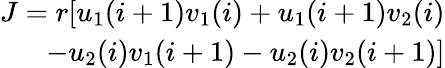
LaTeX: \begin{array}{r}{J=r[u_{1}(i+1)v_{1}(i)+u_{1}(i+1)v_{2}(i)}\\ {-u_{2}(i)v_{1}(i+1)-u_{2}(i)v_{2}(i+1)]}\end{array}